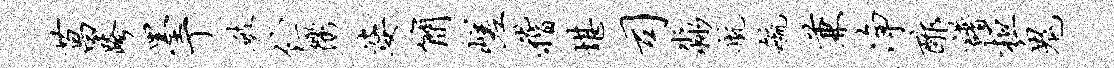
菖跨墨丁破伫衢婆简嵯稽堪司淼航毓兼净酢谱桓鬼